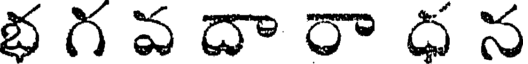
భ గ వ దా రా ధ న